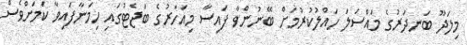
މިލަދޫ ބަނދަރުގެ މައްސަލަ ހައްލުކުރުމަށް ބޭނުންވާ ފައިސާ މިއަހަރުގެ ބަޖެޓުގައި ހިމަނާފައިވާ ކަމަަށްވެސް